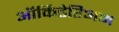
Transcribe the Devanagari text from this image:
ऑर्किडेरिअम